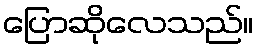
ပြောဆိုလေသည်။